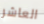
العاشر